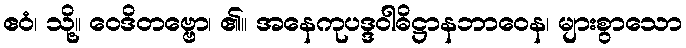
ဧဝံ၊ သို့။ ဝေဒိတဗ္ဗော၊ ၏။ အနေကုပဒ္ဒဝါဓိဋ္ဌာနဘာဝေန၊ များစွာသော